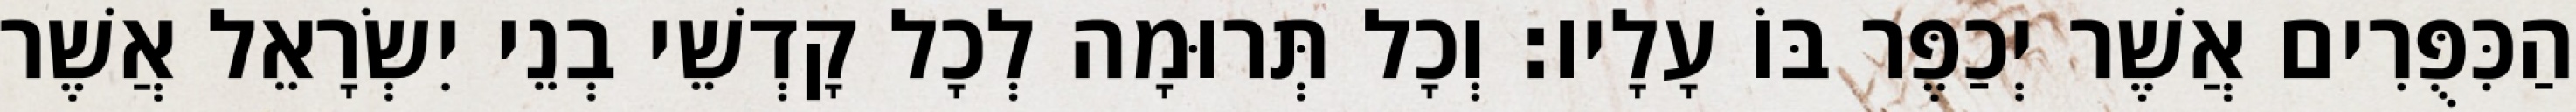
הַכִּפֻּרִים אֲשֶׁר יְכַפֶּר בּוֹ עָלָיו׃ וְכָל תְּרוּמָה לְכָל קָדְשֵׁי בְנֵי יִשְׂרָאֵל אֲשֶׁר